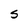
Character: S